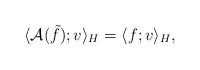
LaTeX: \begin{align*}\langle \mathcal{A}(\tilde{f}) ; v \rangle_H = \langle f; v \rangle_H, \end{align*}